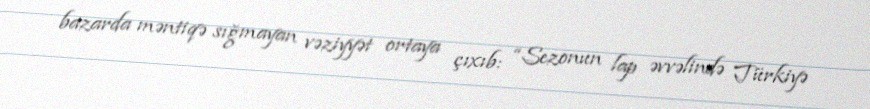
bazarda məntiqə sığmayan vəziyyət ortaya çıxıb: “Sezonun lap əvvəlində Türkiyə